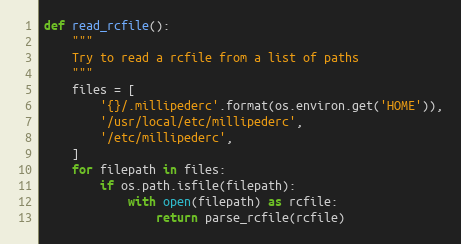
Language: Python
def read_rcfile():
    """
    Try to read a rcfile from a list of paths
    """
    files = [
        '{}/.millipederc'.format(os.environ.get('HOME')),
        '/usr/local/etc/millipederc',
        '/etc/millipederc',
    ]
    for filepath in files:
        if os.path.isfile(filepath):
            with open(filepath) as rcfile:
                return parse_rcfile(rcfile)